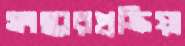
সংস্কারপ্রক্রিয়া